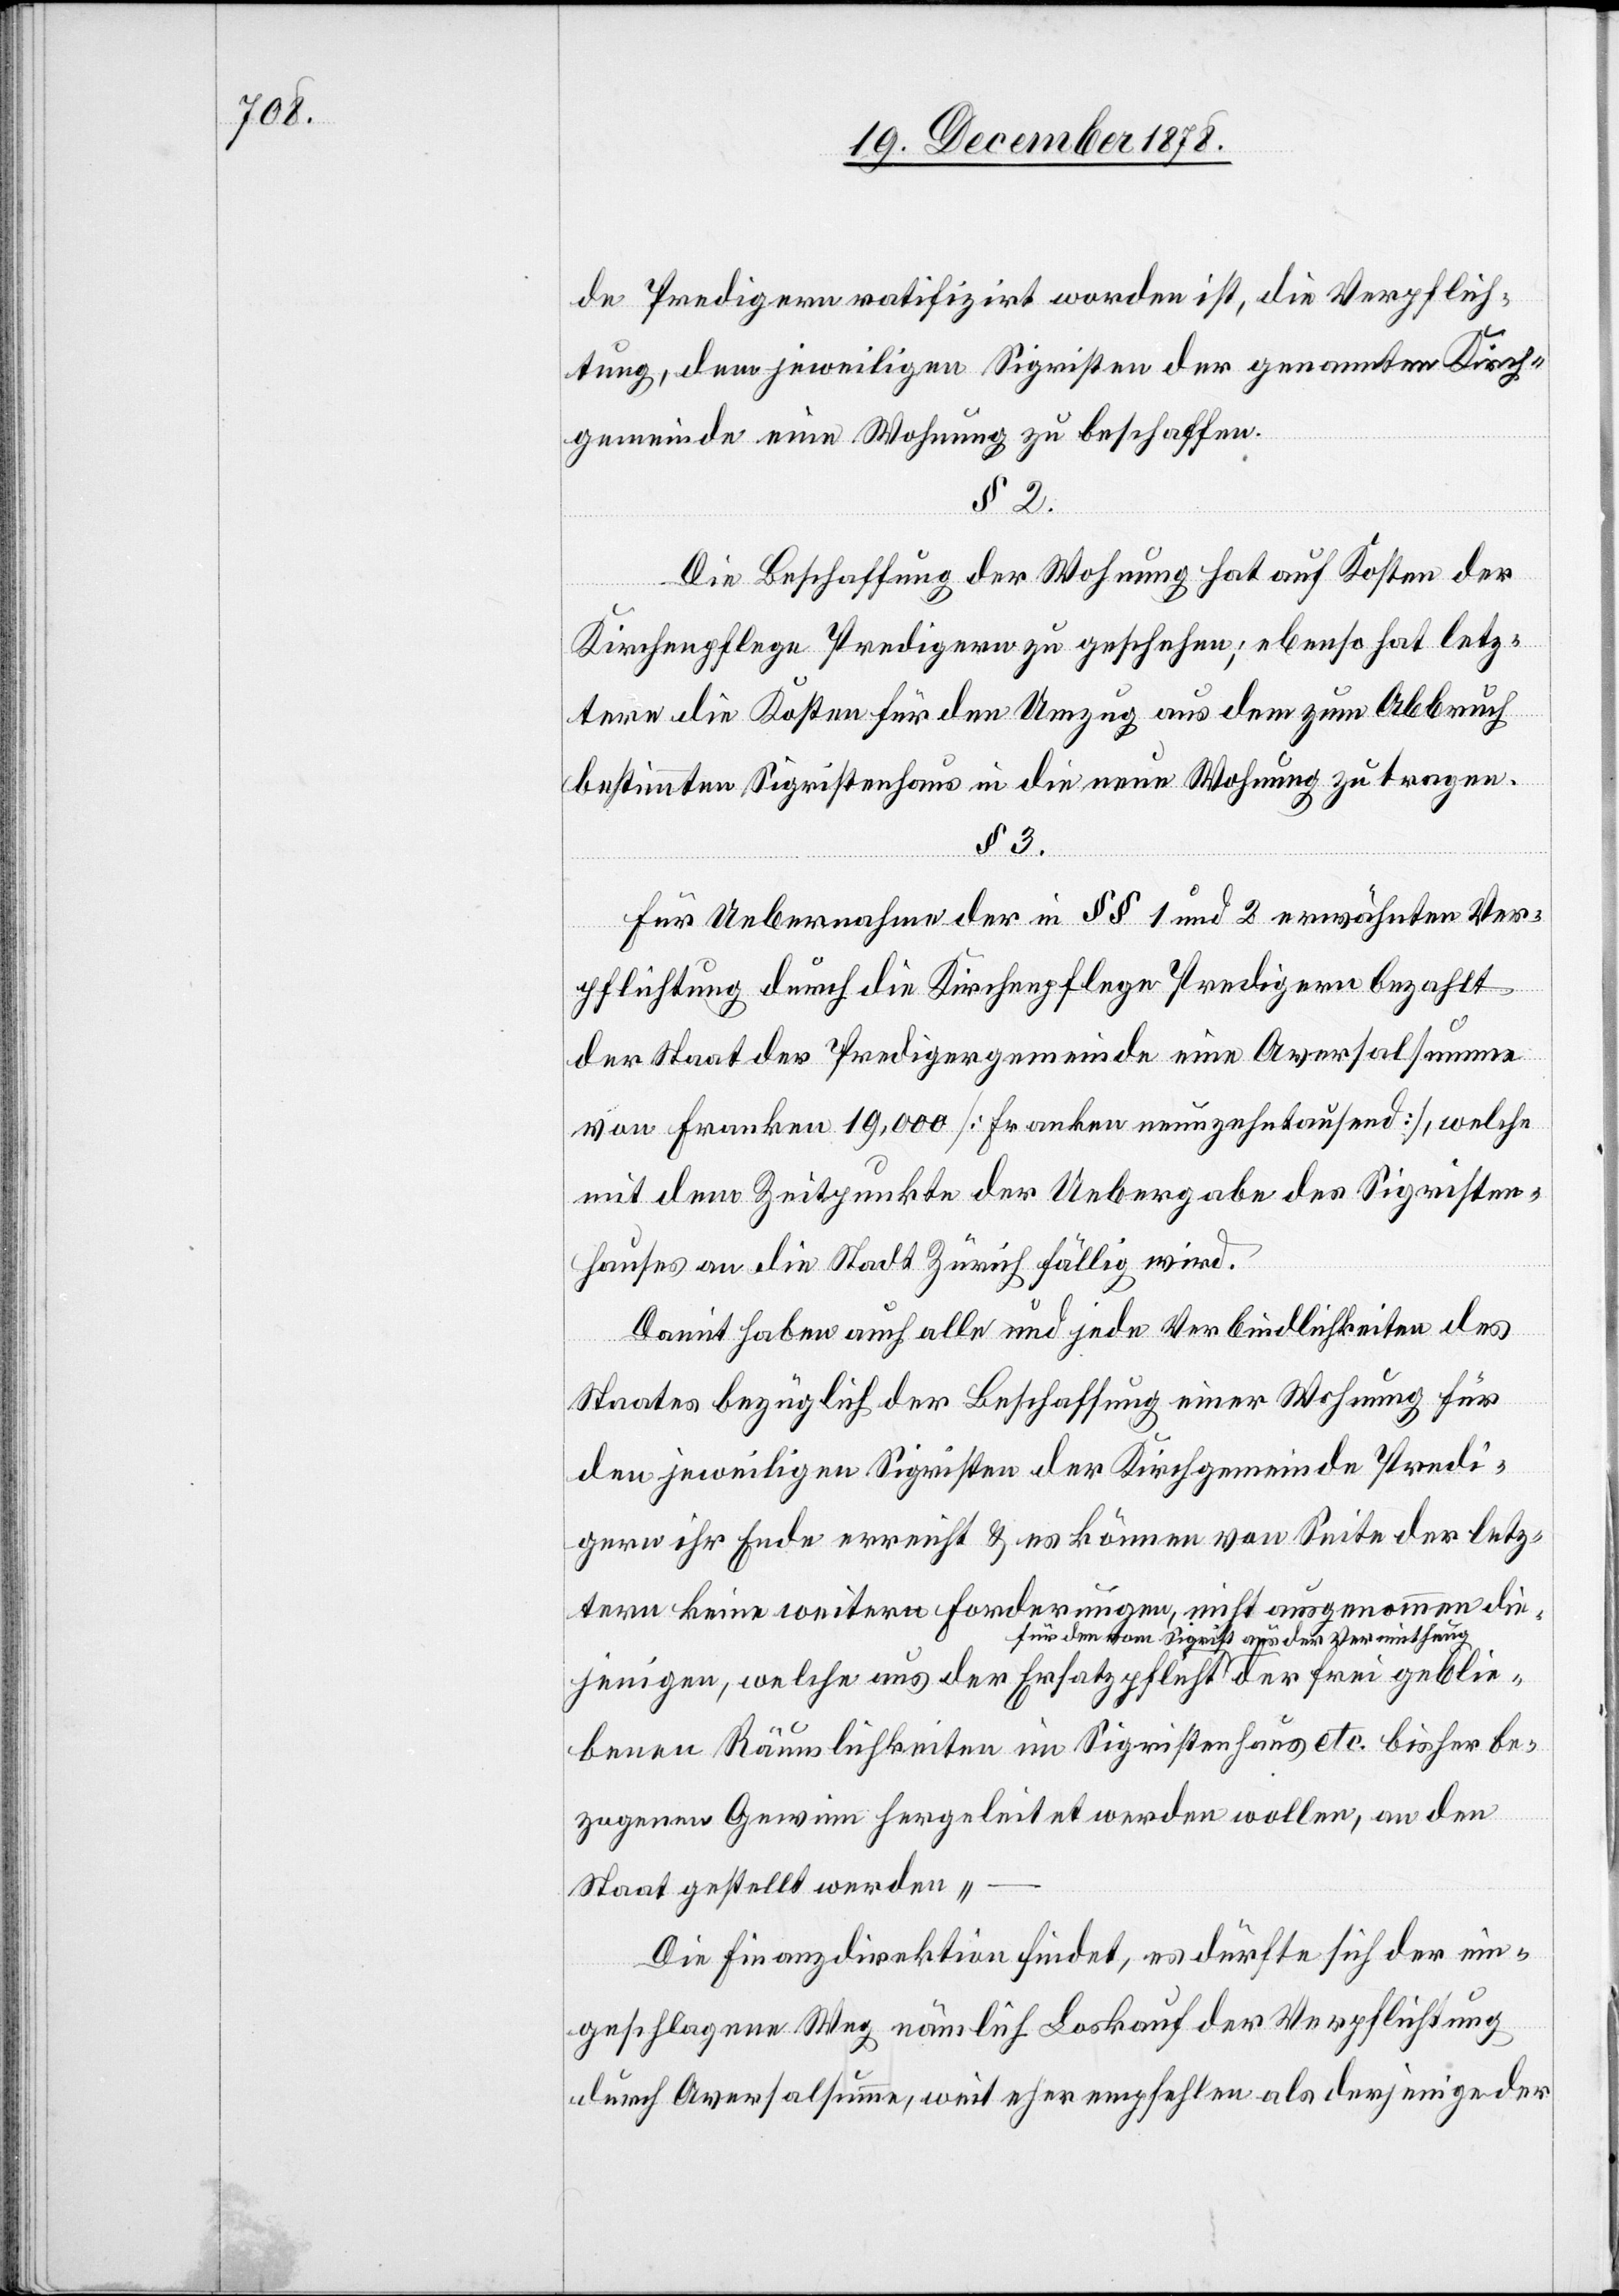
de Predigern ratifizirt worden ist, die Verpflich¬
tung, dem jeweiligen Sigristen der genannten Kirch¬
gemeinde eine Wohnung zu beschaffen.
§ 2.
Die Beschaffung der Wohnung hat auf Kosten der
Kirchenpflege Predigern zu geschehen; ebenso hat letz¬
tere die Kosten für den Umzug aus dem zum Abbruch
bestimmten Sigristenhaus in die neue Wohnung zu tragen.
§ 3.
Für Uebernahme der in §§ 1 und 2 erwähnten Ver¬
pflichtung durch die Kirchenpflege Predigern bezahlt
der Staat der Predigergemeinde eine Aversalsumme
von Franken 19,000 [Franken neunzehntausend], welche
mit dem Zeitpunkte der Uebergabe des Sigristen¬
hauses an die Stadt Zürich fällig wird.
Damit haben auch alle und jede Verbindlichkeiten des
lie¬
Staats bezüglich der Beschaffung einer Wohnung für
den jeweiligen Sigristen der Kirchgemeinde Predi¬
gern ihr Ende erreicht & es können von Seite der letz¬
tern keine weitern Forderungen, nicht ausgenommen die¬
jenigen, welche aus der Ersatzpflicht für den vom Sig¬
benen Räumlichkeiten im Sigristenhaus etc. bisher be¬
zogenen Gewinn hergeleitet werden wollen, an den
Staat gestellt werden –
Die Finanzdirektion findet, es dürfte sich der ein¬
geschlagene Weg nämlich Loskauf der Verpflichtung
durch Aversalsumme, weit eher empfehlen als derjenige der